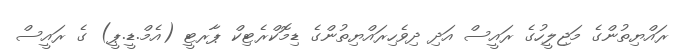
ރައްޔިތުންގެ މަޖިލީހުގެ ރައީސް އަދި ދިވެހިރައްޔިތުންގެ ޑިމޮކްރެޓިކް ޕާރޓީ (އެމް.ޑީ.ޕީ) ގެ ރައީސް